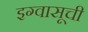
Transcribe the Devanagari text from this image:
इग्वासूची